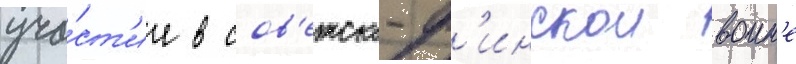
уча́ст'ие в сов'етско-ф'инскои воин'е